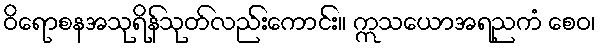
ဝိရောစနအသုရိန်သုတ်လည်းကောင်း။ ဣသယောအရညကံ စေဝ၊